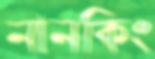
নানকিং